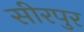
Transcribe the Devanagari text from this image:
सीरपुर